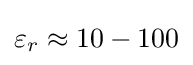
\varepsilon _{r}\approx 10-100